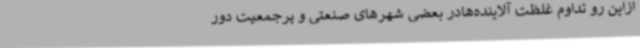
ازاین‌ رو تداوم غلظت آلاینده‌هادر بعضی شهرهای صنعتی و پرجمعیت دور